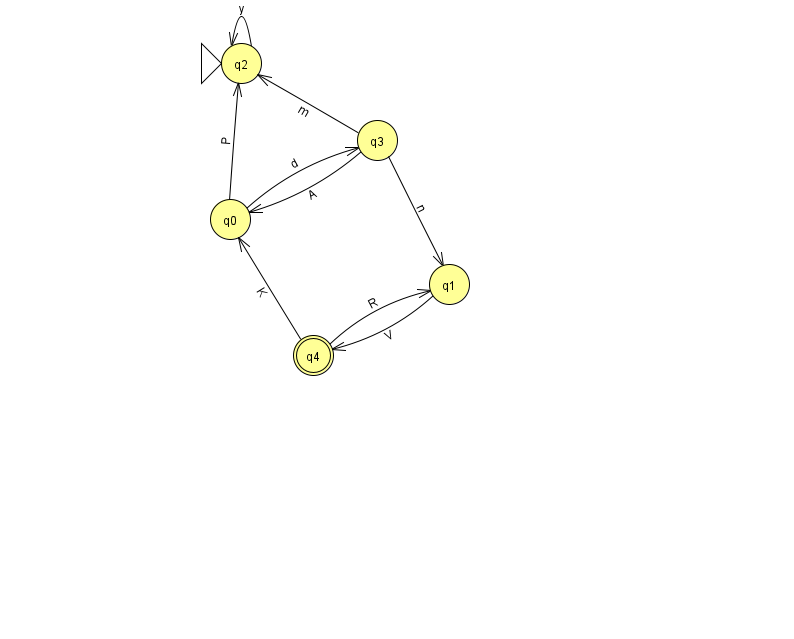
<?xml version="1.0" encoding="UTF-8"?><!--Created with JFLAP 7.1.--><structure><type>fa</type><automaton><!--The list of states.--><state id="0" name="q0"><x>230.0</x><y>206.0</y></state><state id="1" name="q1"><x>449.0</x><y>271.0</y></state><state id="2" name="q2"><x>241.0</x><y>50.0</y><initial/></state><state id="3" name="q3"><x>377.0</x><y>127.0</y></state><state id="4" name="q4"><x>313.0</x><y>342.0</y><final/></state><!--The list of transitions.--><transition><from>3</from><to>1</to><read>n</read></transition><transition><from>0</from><to>2</to><read>P</read></transition><transition><from>0</from><to>3</to><read>d</read></transition><transition><from>1</from><to>4</to><read>V</read></transition><transition><from>3</from><to>0</to><read>A</read></transition><transition><from>4</from><to>0</to><read>K</read></transition><transition><from>4</from><to>1</to><read>R</read></transition><transition><from>2</from><to>2</to><read>y</read></transition><transition><from>3</from><to>2</to><read>m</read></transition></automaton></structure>